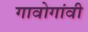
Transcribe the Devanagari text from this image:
गावोगांवी